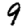
Digit: 9